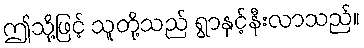
ဤသို့ဖြင့် သူတို့သည် ရွာနှင့်နီးလာသည်။